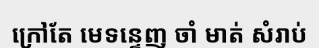
ក្រៅតែ មេទន្ទេញ ចាំ មាត់ សំរាប់